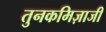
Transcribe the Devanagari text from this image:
तुनकमिज़ाजी